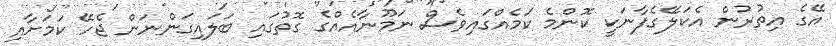
އޭގެ އިތުރުން އެކަލޭގެފާނަކީ ކޮންމެ ކަމެއްގައިވެސް ނަމޫނާއެއްގެ ގޮތުގައި ބަލައިގަންނަން ޖެހޭ ކަމަށާއި